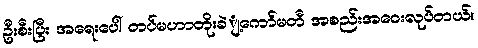
ဦးစီးပြီး အရေးပေါ် တပ်မဟာတိုးခဲျ့ကော်မတီ အစည်းအဝေးလုပ်တယ်။